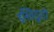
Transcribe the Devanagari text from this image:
इस्तिठुठो